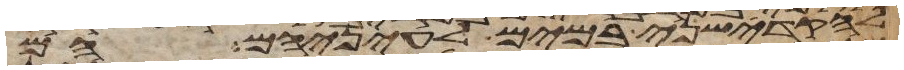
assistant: להקדישני במים לעיניהם הם